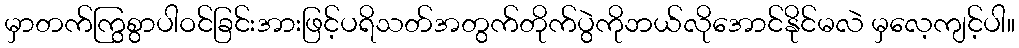
မှာတက်ကြွစွာပါဝင်ခြင်းအားဖြင့်ပရိသတ်အတွက်တိုက်ပွဲကိုဘယ်လိုအောင်နိုင်မလဲ မှလေ့ကျင့်ပါ။